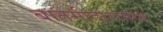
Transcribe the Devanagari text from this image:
बातमीदारांमध्ये